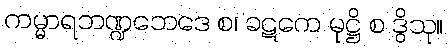
ကမ္မာရဘဏ္ဍဘေဒေ စ၊ ခဋကေ မုဋ္ဌိ စ ဒွိသု။